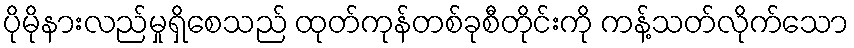
ပိုမိုနားလည်မှုရှိစေသည် ထုတ်ကုန်တစ်ခုစီတိုင်းကို ကန့်သတ်လိုက်သော